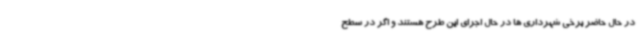
در حال حاضر برخی شهرداری ها در حال اجرای این طرح هستند و اگر در سطح